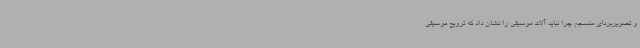
و تصویربردای منسجم چرا نباید آلات موسیقی را نشان داد که ترویج موسیقی